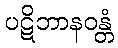
ပဋိဘာနဝန္တံ